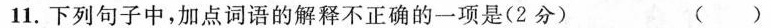
11.下列句子中，加点词语的解释不正确的一项是(2分) ( )